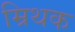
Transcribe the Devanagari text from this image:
म्रिथक